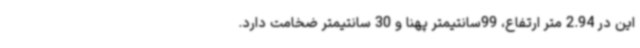
این در 2.94 متر ارتفاع، 99سانتیمتر پهنا و 30 سانتیمتر ضخامت دارد.